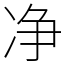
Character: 净